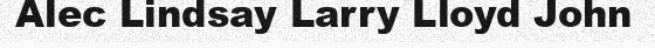
Alec Lindsay Larry Lloyd John